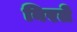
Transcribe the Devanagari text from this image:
बिरते